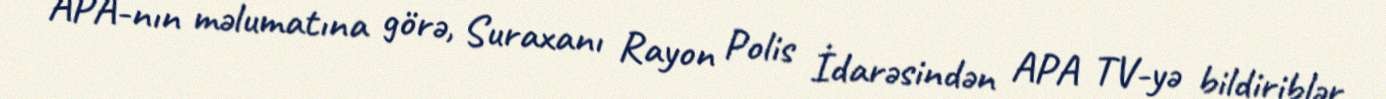
APA-nın məlumatına görə, Suraxanı Rayon Polis İdarəsindən APA TV-yə bildiriblər